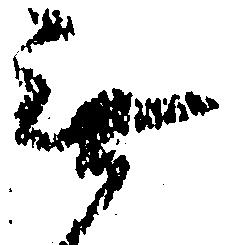
無